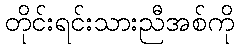
တိုင်းရင်းသားညီအစ်ကို